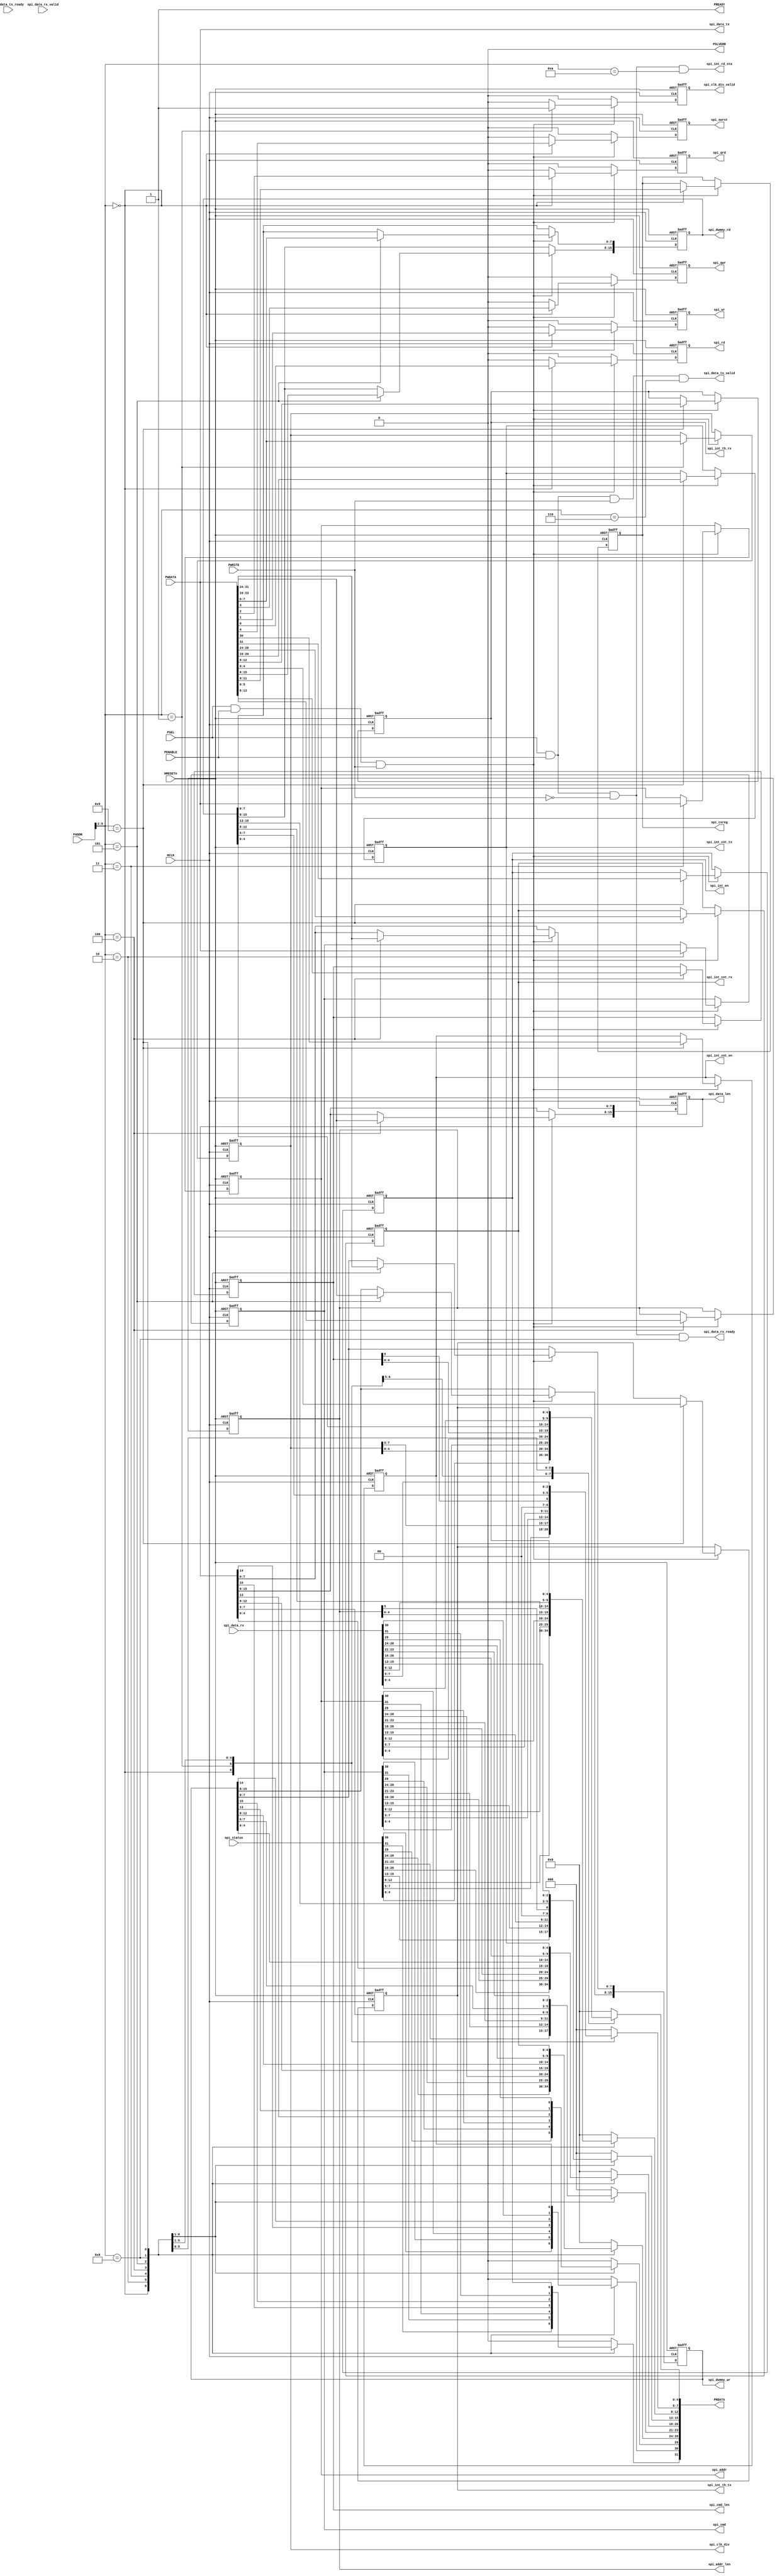
`define log2(VALUE) ((VALUE) < ( 1 ) ? 0 : (VALUE) < ( 2 ) ? 1 : (VALUE) < ( 4 ) ? 2 : (VALUE) < ( 8 ) ? 3 : (VALUE) < ( 16 )  ? 4 : (VALUE) < ( 32 )  ? 5 : (VALUE) < ( 64 )  ? 6 : (VALUE) < ( 128 ) ? 7 : (VALUE) < ( 256 ) ? 8 : (VALUE) < ( 512 ) ? 9 : (VALUE) < ( 1024 ) ? 10 : (VALUE) < ( 2048 ) ? 11 : (VALUE) < ( 4096 ) ? 12 : (VALUE) < ( 8192 ) ? 13 : (VALUE) < ( 16384 ) ? 14 : (VALUE) < ( 32768 ) ? 15 : (VALUE) < ( 65536 ) ? 16 : (VALUE) < ( 131072 ) ? 17 : (VALUE) < ( 262144 ) ? 18 : (VALUE) < ( 524288 ) ? 19 : (VALUE) < ( 1048576 ) ? 20 : (VALUE) < ( 1048576 * 2 ) ? 21 : (VALUE) < ( 1048576 * 4 ) ? 22 : (VALUE) < ( 1048576 * 8 ) ? 23 : (VALUE) < ( 1048576 * 16 ) ? 24 : 25)

`define REG_STATUS 4'b0000 // BASEREG + 0x00
`define REG_CLKDIV 4'b0001 // BASEREG + 0x04
`define REG_SPICMD 4'b0010 // BASEREG + 0x08
`define REG_SPIADR 4'b0011 // BASEREG + 0x0C
`define REG_SPILEN 4'b0100 // BASEREG + 0x10
`define REG_SPIDUM 4'b0101 // BASEREG + 0x14
`define REG_TXFIFO 4'b0110 // BASEREG + 0x18
`define REG_RXFIFO 4'b1000 // BASEREG + 0x20
`define REG_INTCFG 4'b1001 // BASEREG + 0x24
`define REG_INTSTA 4'b1010 // BASEREG + 0x28

module spi_master_apb_if 
#(
    parameter BUFFER_DEPTH   = 10,
    parameter APB_ADDR_WIDTH = 12,  //APB slaves are 4KB by default
    parameter LOG_BUFFER_DEPTH = `log2(BUFFER_DEPTH)
)
(
	HCLK,
	HRESETn,
	PADDR,
	PWDATA,
	PWRITE,
	PSEL,
	PENABLE,
	PRDATA,
	PREADY,
	PSLVERR,
	spi_clk_div,
	spi_clk_div_valid,
	spi_status,
	spi_addr,
	spi_addr_len,
	spi_cmd,
	spi_cmd_len,
	spi_csreg,
	spi_data_len,
	spi_dummy_rd,
	spi_dummy_wr,
	spi_int_th_tx,
	spi_int_th_rx,
	spi_int_cnt_tx,
	spi_int_cnt_rx,
	spi_int_en,
	spi_int_cnt_en,
	spi_int_rd_sta,
	spi_swrst,
	spi_rd,
	spi_wr,
	spi_qrd,
	spi_qwr,
	spi_data_tx,
	spi_data_tx_valid,
	spi_data_tx_ready,
	spi_data_rx,
	spi_data_rx_valid,
	spi_data_rx_ready
);
	//parameter BUFFER_DEPTH = 10;
	//parameter APB_ADDR_WIDTH = 12;
	//parameter LOG_BUFFER_DEPTH = (BUFFER_DEPTH < 1 ? 0 : (BUFFER_DEPTH < 2 ? 1 : (BUFFER_DEPTH < 4 ? 2 : (BUFFER_DEPTH < 8 ? 3 : (BUFFER_DEPTH < 16 ? 4 : (BUFFER_DEPTH < 32 ? 5 : (BUFFER_DEPTH < 64 ? 6 : (BUFFER_DEPTH < 128 ? 7 : (BUFFER_DEPTH < 256 ? 8 : (BUFFER_DEPTH < 512 ? 9 : (BUFFER_DEPTH < 1024 ? 10 : (BUFFER_DEPTH < 2048 ? 11 : (BUFFER_DEPTH < 4096 ? 12 : (BUFFER_DEPTH < 8192 ? 13 : (BUFFER_DEPTH < 16384 ? 14 : (BUFFER_DEPTH < 32768 ? 15 : (BUFFER_DEPTH < 65536 ? 16 : (BUFFER_DEPTH < 131072 ? 17 : (BUFFER_DEPTH < 262144 ? 18 : (BUFFER_DEPTH < 524288 ? 19 : (BUFFER_DEPTH < 1048576 ? 20 : (BUFFER_DEPTH < 2097152 ? 21 : (BUFFER_DEPTH < 4194304 ? 22 : (BUFFER_DEPTH < 8388608 ? 23 : (BUFFER_DEPTH < 16777216 ? 24 : 25)))))))))))))))))))))))));
	input wire HCLK;
	input wire HRESETn;
	input wire [APB_ADDR_WIDTH - 1:0] PADDR;
	input wire [31:0] PWDATA;
	input wire PWRITE;
	input wire PSEL;
	input wire PENABLE;
	output reg [31:0] PRDATA;
	output wire PREADY;
	output wire PSLVERR;
	output reg [7:0] spi_clk_div;
	output reg spi_clk_div_valid;
	input wire [31:0] spi_status;
	output reg [31:0] spi_addr;
	output reg [5:0] spi_addr_len;
	output reg [31:0] spi_cmd;
	output reg [5:0] spi_cmd_len;
	output reg [3:0] spi_csreg;
	output reg [15:0] spi_data_len;
	output reg [15:0] spi_dummy_rd;
	output reg [15:0] spi_dummy_wr;
	output reg [LOG_BUFFER_DEPTH:0] spi_int_th_tx;
	output reg [LOG_BUFFER_DEPTH:0] spi_int_th_rx;
	output reg [LOG_BUFFER_DEPTH:0] spi_int_cnt_tx;
	output reg [LOG_BUFFER_DEPTH:0] spi_int_cnt_rx;
	output reg spi_int_en;
	output reg spi_int_cnt_en;
	output wire spi_int_rd_sta;
	output reg spi_swrst;
	output reg spi_rd;
	output reg spi_wr;
	output reg spi_qrd;
	output reg spi_qwr;
	output wire [31:0] spi_data_tx;
	output wire spi_data_tx_valid;
	input wire spi_data_tx_ready;
	input wire [31:0] spi_data_rx;
	input wire spi_data_rx_valid;
	output wire spi_data_rx_ready;
	wire [3:0] write_address;
	wire [3:0] read_address;
	assign write_address = PADDR[5:2];
	assign read_address = PADDR[5:2];
	assign PSLVERR = 1'b0;
	assign PREADY = 1'b1;
	assign spi_int_rd_sta = ((PSEL & PENABLE) & ~PWRITE) & (read_address == 4'b1010);
	always @(posedge HCLK or negedge HRESETn)
		if (HRESETn == 1'b0) begin
			spi_swrst <= 1'b0;
			spi_rd <= 1'b0;
			spi_wr <= 1'b0;
			spi_qrd <= 1'b0;
			spi_qwr <= 1'b0;
			spi_clk_div_valid <= 1'b0;
			spi_clk_div <= 1'sb0;
			spi_cmd <= 1'sb0;
			spi_addr <= 1'sb0;
			spi_cmd_len <= 1'sb0;
			spi_addr_len <= 1'sb0;
			spi_data_len <= 1'sb0;
			spi_dummy_rd <= 1'sb0;
			spi_dummy_wr <= 1'sb0;
			spi_csreg <= 1'sb0;
			spi_int_th_tx <= 1'sb0;
			spi_int_th_rx <= 1'sb0;
			spi_int_cnt_tx <= 1'sb0;
			spi_int_cnt_rx <= 1'sb0;
			spi_int_cnt_en <= 1'b0;
			spi_int_en <= 1'b0;
		end
		else if ((PSEL && PENABLE) && PWRITE) begin
			spi_swrst <= 1'b0;
			spi_rd <= 1'b0;
			spi_wr <= 1'b0;
			spi_qrd <= 1'b0;
			spi_qwr <= 1'b0;
			spi_clk_div_valid <= 1'b0;
			case (write_address)
				4'b0000: begin
					spi_rd <= PWDATA[0];
					spi_wr <= PWDATA[1];
					spi_qrd <= PWDATA[2];
					spi_qwr <= PWDATA[3];
					spi_swrst <= PWDATA[4];
					spi_csreg <= PWDATA[11:8];
				end
				4'b0001: begin
					spi_clk_div <= PWDATA[7:0];
					spi_clk_div_valid <= 1'b1;
				end
				4'b0010: spi_cmd <= PWDATA;
				4'b0011: spi_addr <= PWDATA;
				4'b0100: begin
					spi_cmd_len <= PWDATA[5:0];
					spi_addr_len <= PWDATA[13:8];
					spi_data_len[7:0] <= PWDATA[23:16];
					spi_data_len[15:8] <= PWDATA[31:24];
				end
				4'b0101: begin
					spi_dummy_rd[7:0] <= PWDATA[7:0];
					spi_dummy_rd[15:8] <= PWDATA[15:8];
					spi_dummy_wr[7:0] <= PWDATA[23:16];
					spi_dummy_wr[15:8] <= PWDATA[31:24];
				end
				4'b1001: begin
					spi_int_th_tx <= PWDATA[LOG_BUFFER_DEPTH:0];
					spi_int_th_rx <= PWDATA[8 + LOG_BUFFER_DEPTH:8];
					spi_int_cnt_tx <= PWDATA[16 + LOG_BUFFER_DEPTH:16];
					spi_int_cnt_rx <= PWDATA[24 + LOG_BUFFER_DEPTH:24];
					spi_int_cnt_en <= PWDATA[30];
					spi_int_en <= PWDATA[31];
				end
			endcase
		end
		else begin
			spi_swrst <= 1'b0;
			spi_rd <= 1'b0;
			spi_wr <= 1'b0;
			spi_qrd <= 1'b0;
			spi_qwr <= 1'b0;
			spi_clk_div_valid <= 1'b0;
		end
	always @(*)
		case (read_address)
			4'b0000: PRDATA = spi_status;
			4'b0001: PRDATA = {24'h000000, spi_clk_div};
			4'b0010: PRDATA = spi_cmd;
			4'b0011: PRDATA = spi_addr;
			4'b0100: PRDATA = {spi_data_len, 2'b00, spi_addr_len, 2'b00, spi_cmd_len};
			4'b0101: PRDATA = {spi_dummy_wr, spi_dummy_rd};
			4'b1000: PRDATA = spi_data_rx;
			4'b1001: begin
				PRDATA = 1'sb0;
				PRDATA[LOG_BUFFER_DEPTH:0] = spi_int_th_tx;
				PRDATA[8 + LOG_BUFFER_DEPTH:8] = spi_int_th_rx;
				PRDATA[16 + LOG_BUFFER_DEPTH:16] = spi_int_cnt_tx;
				PRDATA[24 + LOG_BUFFER_DEPTH:24] = spi_int_cnt_rx;
				PRDATA[30] = spi_int_cnt_en;
				PRDATA[31] = spi_int_en;
			end
			default: PRDATA = 1'sb0;
		endcase
	assign spi_data_tx = PWDATA;
	assign spi_data_tx_valid = ((PSEL & PENABLE) & PWRITE) & (write_address == 4'b0110);
	assign spi_data_rx_ready = ((PSEL & PENABLE) & ~PWRITE) & (read_address == 4'b1000);
endmodule